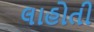
લાહોતી